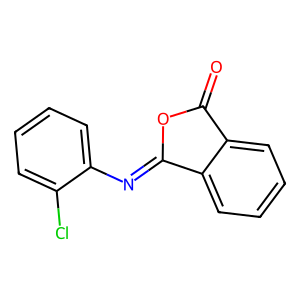
SMILES: O=C1OC(=Nc2ccccc2Cl)c2ccccc21
Inhibits HIV replication: No